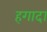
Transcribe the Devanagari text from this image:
हगादा